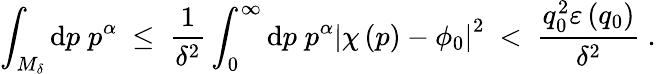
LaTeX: \int_{M_{\delta}}\mathrm{d}p\; p^{\alpha}\ \leq\ \frac{{1}}{{\delta^{2}}}\int_{0}^{\infty}\mathrm{d}p\; p^{\alpha}\left|\chi\left(p\right)-\phi_{0}\right|^{2}\ <\ \frac{{q_{0}^{2}\varepsilon\left(q_{0}\right)}}{{\delta^{2}}}\ .